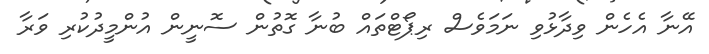
އޭނާ އެހެން ވިދާޅުވި ނަމަވެސް ރިޕޯޓްތައް ބުނާ ގޮތުން ސޮނީން އުންމީދުކުރި ވަރާ